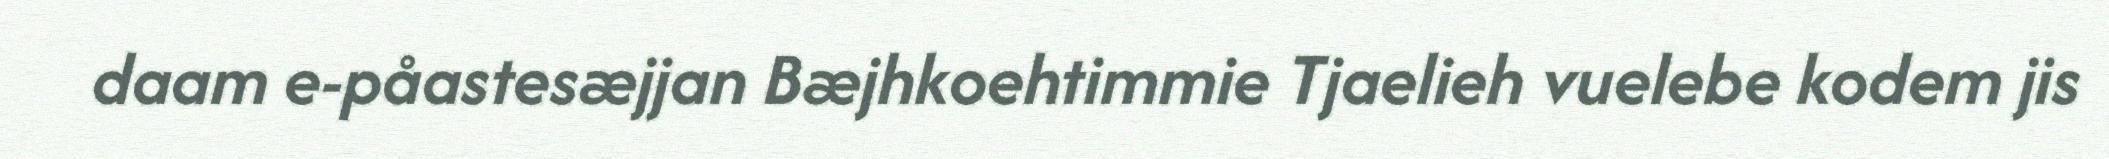
daam e-påastesæjjan Bæjhkoehtimmie Tjaelieh vuelebe kodem jis